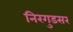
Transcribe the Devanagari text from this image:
निरगुडसर